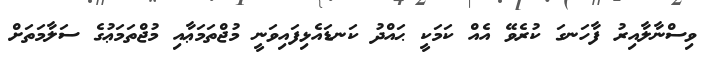
ވިސްނާލާއިރު ފާހަނގަ ކުރެވޭ އެއް ކަމަކީ ޙައްދު ކަނޑައެޅިފައިވަނީ މުޖްތަމަޢާއި މުޖްތަމަޢުގެ ސަލާމަތަށް